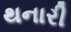
થનારી